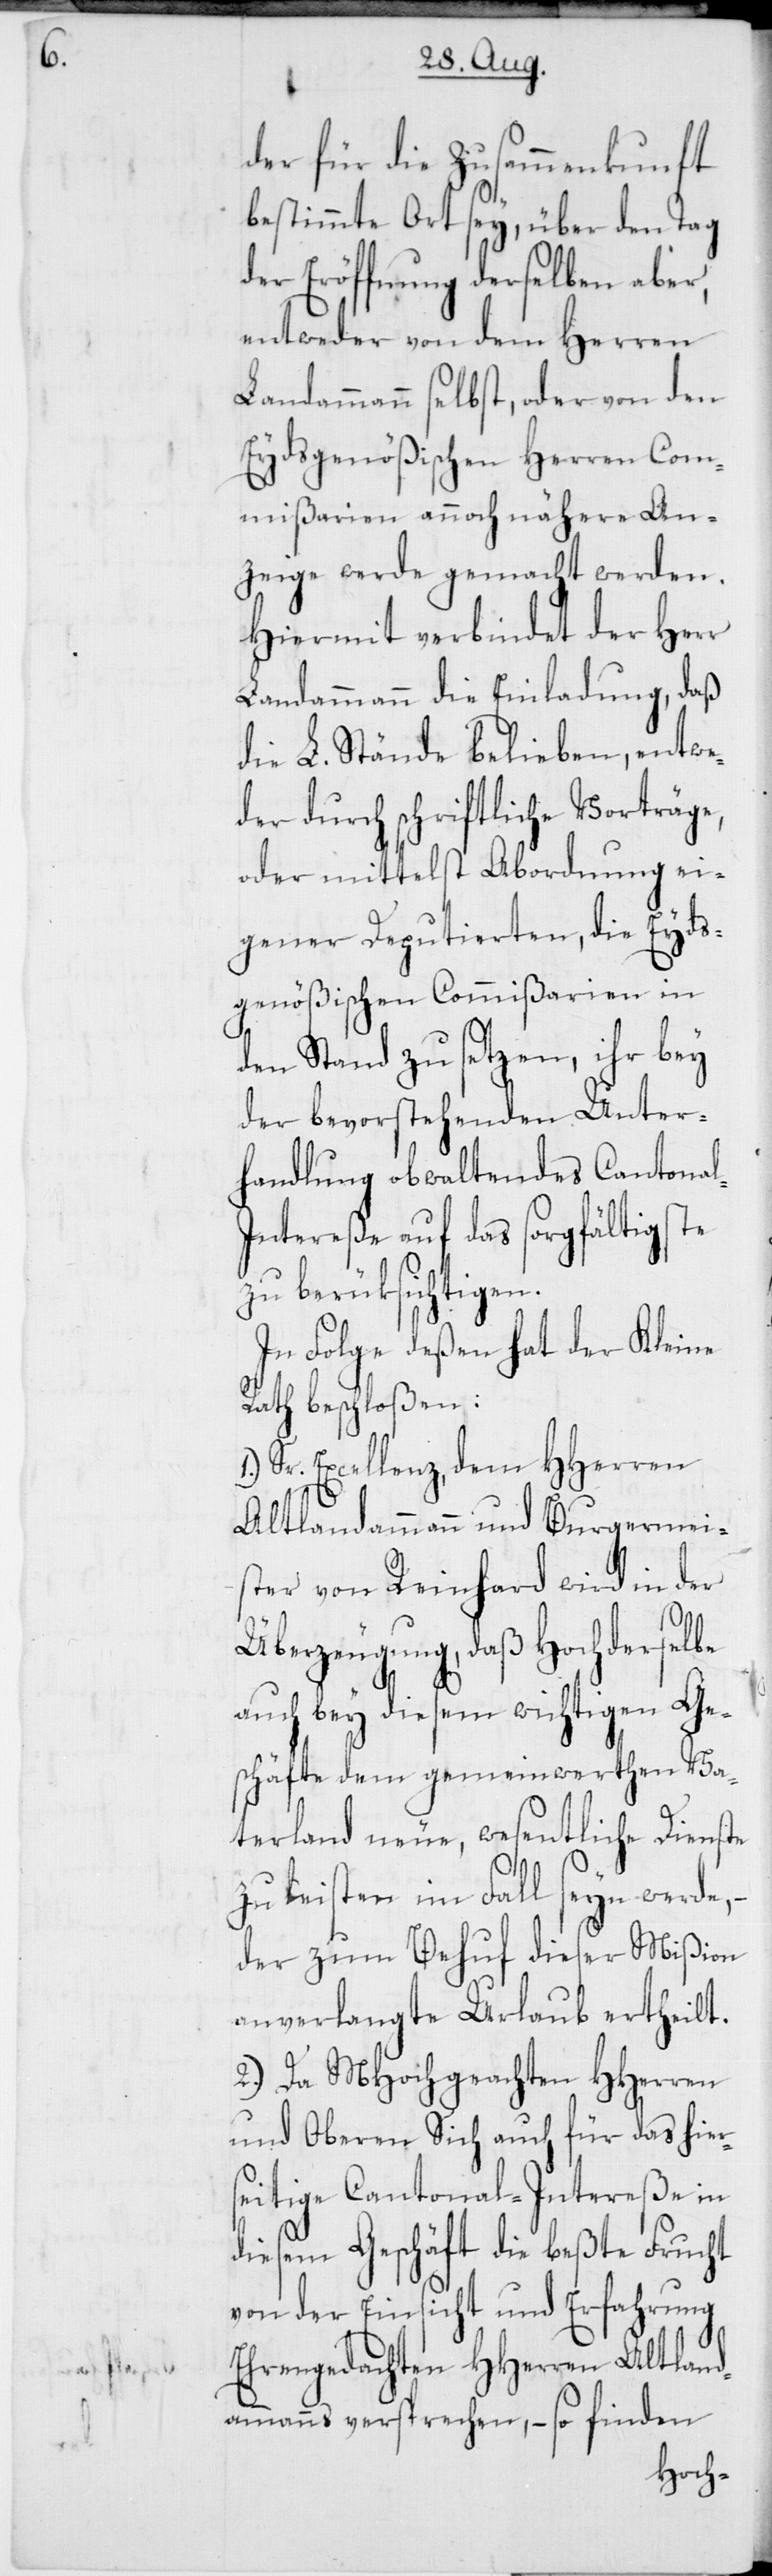
l-I¬

der für die Zusammenkunft
bestimmte Ort sey, über den Tag
der Eröffnung derselben aber,
entweder von dem Herren
Landammann selbst, oder von den
Eydsgenößischen Herren Com¬
mißarien annoch nähere An¬
zeige werde gemacht werden.
Hiermit verbindet der Herr
Landammann die Einladung, daß
die L. Stände belieben, entwe¬
der durch schriftliche Vorträge,
oder mittelst Abordnung ei¬
gener Deputierten, die Eyds¬
genößischen Commißarien in
den Stand zu setzen, ihr bey
der bevorstehenden Unter¬
handlung obwaltendes Cantona¬
ntereße auf das sorgfältigste
zu berüksichtigen.
In Folge deßen hat der Kleine
Rath beschloßen:
1. Sr. Excellenz, dem HHerren
Altlandammann und Burgermei¬
ster von Reinhard wird in der
Überzeugung, daß Hochderselbe
auch bey diesem wichtigen Ge¬
schäfte dem gemeinwerthen Va¬
terland neue, wesentliche Dienste
zu leisten im Fall seyn werde,
der zum Behuf dieser Mißon
anverlangte Urlaub ertheilt.
2. Da MHochgeachten HHerren
und Oberen sich auch für das hier¬
seitige Cantonal-Intereße in
diesem Geschäft die beßte Frucht
von der Einsicht und Erfahrung
Ehrengedachten HHerren Altlan¬
dammanns versprechen, – so finden